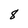
Character: 8